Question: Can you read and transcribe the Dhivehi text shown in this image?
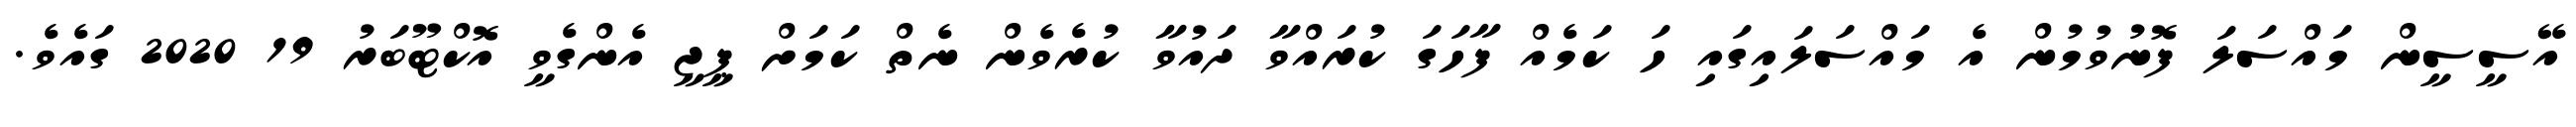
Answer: އޭސީސީން މައްސަލަ ފޮނުވުމުން އެ މައްސަލައިގައި ހަ ކަމެއް ފާހަގަ ކުރައްވާ ދައުވާ ކުރެވެން ނެތް ކަމަށް ޕީޖީ އެންގެވީ އޮކްޓޫބަރު 19 2020 ގައެވެ.